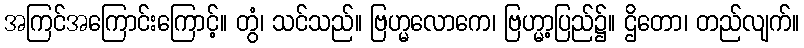
အကြင်အကြောင်းကြောင့်။ တွံ၊ သင်သည်။ ဗြဟ္မလောကေ၊ ဗြဟ္မာ့ပြည်၌။ ဌိတော၊ တည်လျက်။